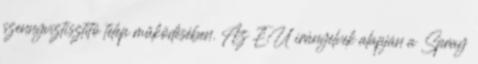
szennyvíztisztító telep működésében. Az EU irányelvek alapján a Spray